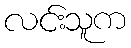
လင်းသူက